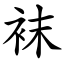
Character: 袜